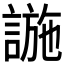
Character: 𧩹